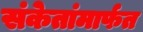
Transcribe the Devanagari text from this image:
संकेतांमार्फत